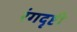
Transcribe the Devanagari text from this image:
रंगदृष्टी